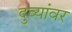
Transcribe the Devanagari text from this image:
दुव्यांवर